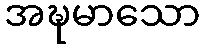
အဍ္ဎမာသော